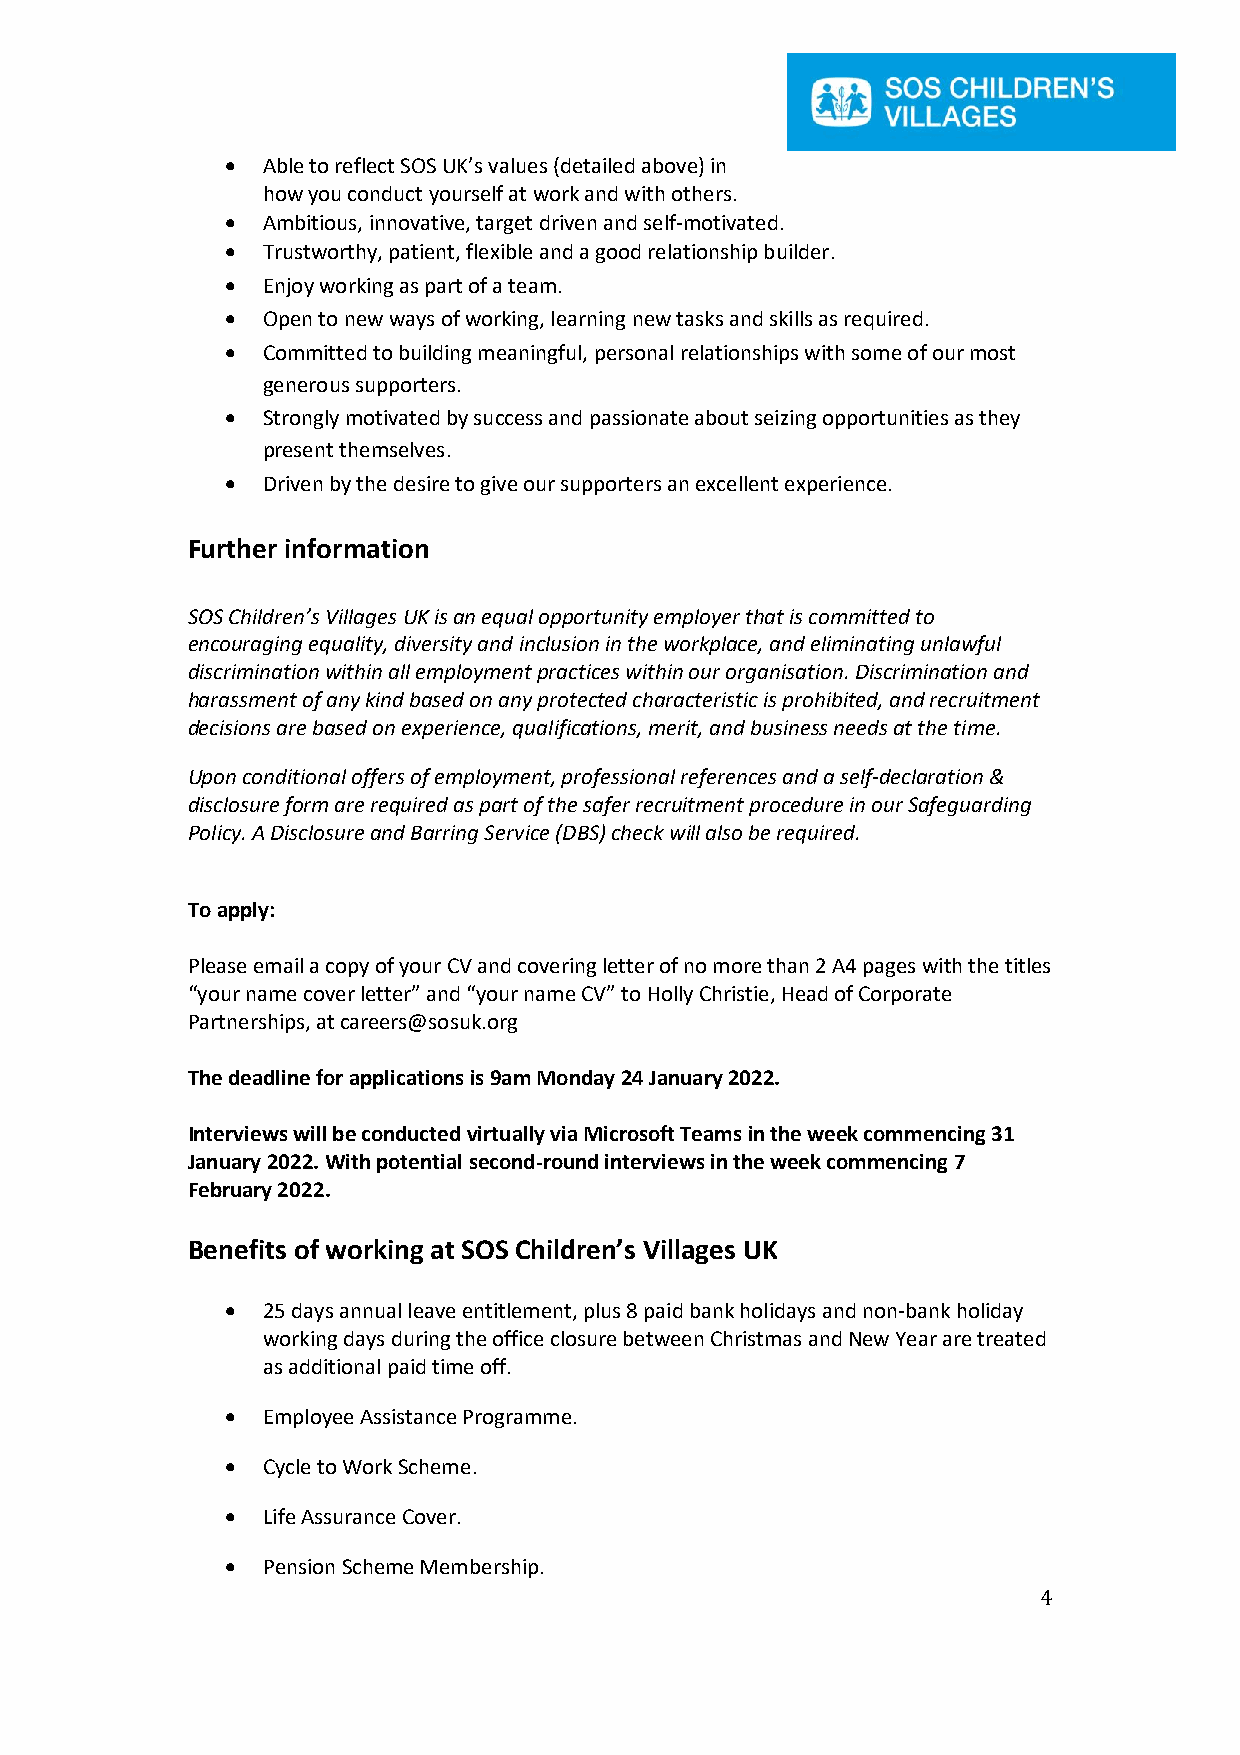
• Able to reflect SOS UK’s values (detailed above) in
 how you conduct yourself at work and with others.
 • Ambitious, innovative, target driven and self-motivated.
 • Trustworthy, patient, flexible and a good relationship builder.
 • Enjoy working as part of a team.
 • Open to new ways of working, learning new tasks and skills as required.
 • Committed to building meaningful, personal relationships with some of our most
 generous supporters.
 • Strongly motivated by success and passionate about seizing opportunities as they
 present themselves.
 • Driven by the desire to give our supporters an excellent experience.
 Further information
 SOS Children’s Villages UK is an equal opportunity employer that is committed to
 encouraging equality, diversity and inclusion in the workplace, and eliminating unlawful
 discrimination within all employment practices within our organisation. Discrimination and
 harassment of any kind based on any protected characteristic is prohibited, and recruitment
 decisions are based on experience, qualifications, merit, and business needs at the time.
 Upon conditional offers of employment, professional references and a self-declaration &
 disclosure form are required as part of the safer recruitment procedure in our Safeguarding
 Policy. A Disclosure and Barring Service (DBS) check will also be required.
 To apply:
 Please email a copy of your CV and covering letter of no more than 2 A4 pages with the titles
 “your name cover letter” and “your name CV” to Holly Christie, Head of Corporate
 Partnerships, at careers@sosuk.org
 The deadline for applications is 9am Monday 24 January 2022.
 Interviews will be conducted virtually via Microsoft Teams in the week commencing 31
 January 2022. With potential second-round interviews in the week commencing 7
 February 2022.
 Benefits of working at SOS Children’s Villages UK
 • 25 days annual leave entitlement, plus 8 paid bank holidays and non-bank holiday
 working days during the office closure between Christmas and New Year are treated
 as additional paid time off.
 • Employee Assistance Programme.
 • Cycle to Work Scheme.
 • Life Assurance Cover.
 • Pension Scheme Membership.
 4